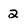
Character: 2